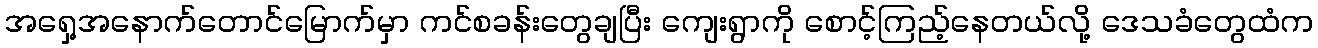
အရှေ့အနောက်တောင်မြောက်မှာ ကင်စခန်းတွေချပြီး ကျေးရွာကို စောင့်ကြည့်နေတယ်လို့ ဒေသခံတွေထံက